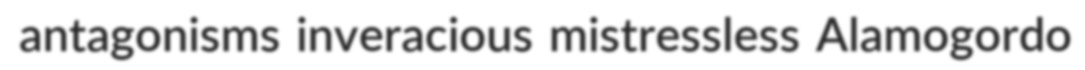
antagonisms inveracious mistressless Alamogordo